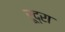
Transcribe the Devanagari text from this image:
रूद्रा